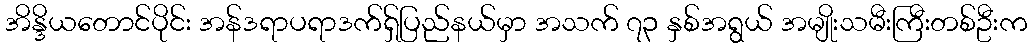
အိန္ဒိယတောင်ပိုင်း အန်ဒရာပရာဒက်ရှ်ပြည်နယ်မှာ အသက် ၇၃ နှစ်အရွယ် အမျိုးသမီးကြီးတစ်ဦးက